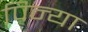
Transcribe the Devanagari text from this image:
पिन्या